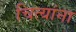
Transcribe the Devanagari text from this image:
चित्यांना